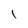
Character: l